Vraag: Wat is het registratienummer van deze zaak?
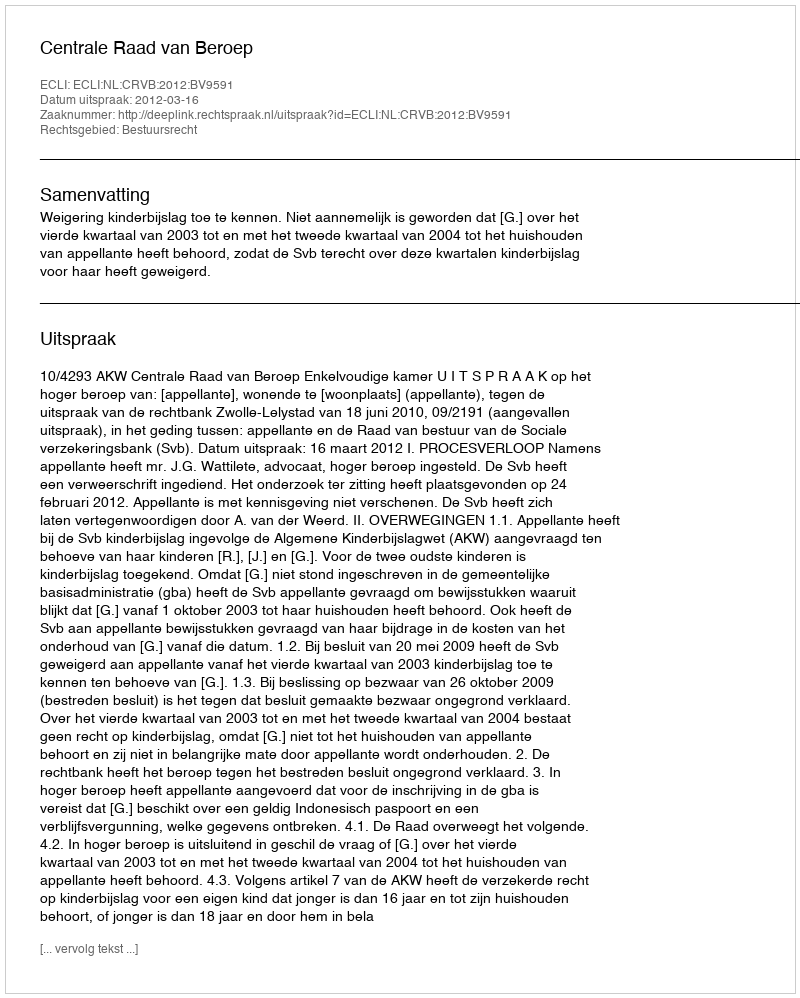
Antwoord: http://deeplink.rechtspraak.nl/uitspraak?id=ECLI:NL:CRVB:2012:BV9591